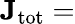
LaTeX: \mathbf{J}_{\mathrm{{tot}}}=